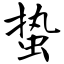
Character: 蛰